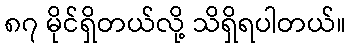
၈၇ မိုင်ရှိတယ်လို့ သိရှိရပါတယ်။